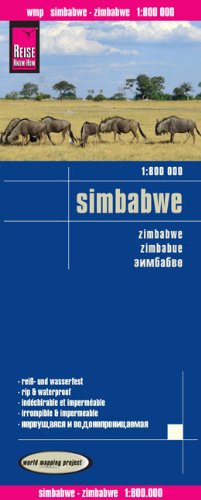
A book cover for Zimbabwe 2014: REISE.3640 (English, Spanish, French and German Edition); Peter Rump Verlag; Travel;